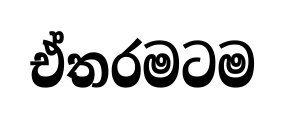
ඒතරමටම